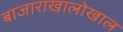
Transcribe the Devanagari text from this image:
बाजाराखालोखाल